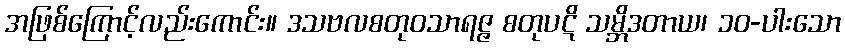
အဖြစ်ကြောင့်လည်းကောင်း။ ဒသဗလစတုဝသာရဇ္ဇ စတုပဋိ သမ္ဘိဒတာယ၊ ၁၀-ပါးသော